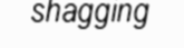
shagging